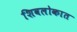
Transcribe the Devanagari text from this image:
शिवलोकात